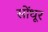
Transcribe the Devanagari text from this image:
सोंधूर